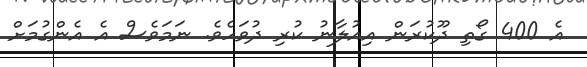
އެ 400 ގޯތި ދޫކުރަން އިއުލާނު ކުރި ދުވަހެވެ. ނަމަވެސް އެ އެންގުމަށް